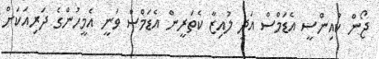
ޖޯން ކުއިންސީ އެޑަމްސް އަދި ލުއިޒާ ކެތަރީން އެޑަމްސް ވަނީ އެމީހުންގެ ދަރިއަކަށް